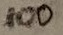
Text: 100